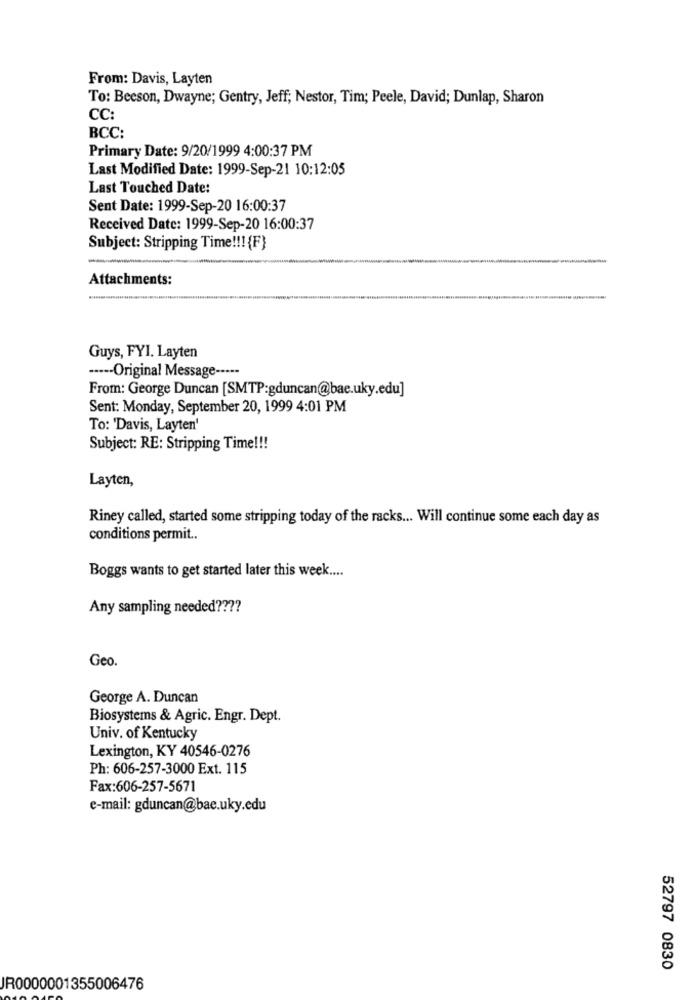
From: Davis, Layten
To: Beeson, Dwayne; Gentry, Jeff; Nestor, Tim; Peele, David; Dunlap, Sharon
CC:
BCC:
Primary Date: 9/20/1999 4:00:37 PM
Last Modified Date: 1999-Sep-21 10:12:05
Last Touched Date:
Sent Date: 1999-Sep-20 16:00:37
Received Date: 1999-Sep-20 16:00:37
Subject: Stripping Time !!! {F}
-
Attachments:
Guys, FYI. Layten
···-- Original Message -····
From: George Duncan [SMTP:gduncan@bae.uky.edu]
Sent: Monday, September 20, 1999 4:01 PM
To: 'Davis, Layten'
Subject: RE: Stripping Time !!!
Layten,
Riney called, started some stripping today of the racks ... Will continue some each day as
conditions permit ..
Boggs wants to get started later this week ....
Any sampling needed ????
Geo.
George A. Duncan
Biosystems & Agric. Engr. Dept.
Univ. of Kentucky
Lexington, KY 40546-0276
Ph: 606-257-3000 Ext. 115
Fax:606-257-5671
e-mail: gduncan@bae.uky.edu
52797 0830
JR0000001355006476